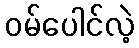
ဝမ်ပေါင်လဲ့